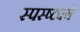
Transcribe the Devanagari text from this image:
स्पस्ष्टपणे